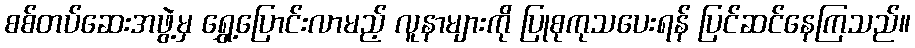
စစ်တပ်ဆေးအဖွဲ့မှ ရွှေ့ပြောင်းလာမည့် လူနာများကို ပြုစုကုသပေးရန် ပြင်ဆင်နေကြသည်။